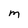
Character: M